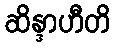
ဆိန္ဒာဟီတိ